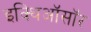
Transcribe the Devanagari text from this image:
इक्थिऑसॉर